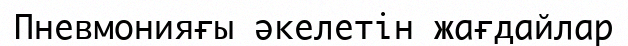
Пневмонияғы әкелетін жағдайлар